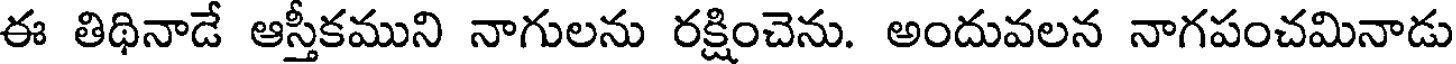
ఈ తిథినాడే ఆస్తీకముని నాగులను రక్షించెను. అందువలన నాగపంచమినాడు